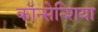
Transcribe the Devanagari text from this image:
कॉन्सेन्शिया